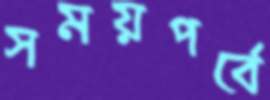
সময়পর্বে